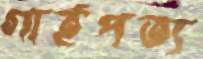
গার্হপত্য